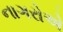
નાગરોએ